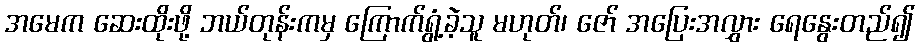
အမေက ဆေးထိုးဖို့ ဘယ်တုန်းကမှ ကြောက်ရွံ့ခဲ့သူ မဟုတ်၊ ဇော် အပြေးအလွှား ရေနွေးတည်၍